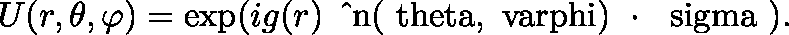
U ( r , \theta , \varphi ) = \exp ( i g ( r ) \, \mathrm { \boldmath ~ \hat { ~ } n ( \ t h e t a , \ v a r p h i ) ~ \cdot ~ \ s i g m a ~ } ) .